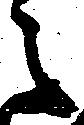
之